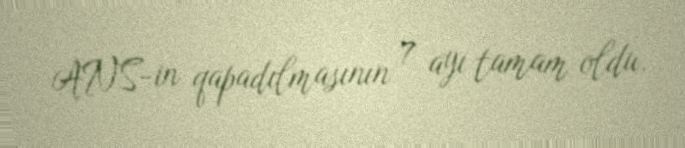
ANS-in qapadılmasının 7 ayı tamam oldu.